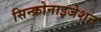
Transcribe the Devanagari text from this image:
सिन्क्रोनाइजेशन